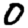
Digit: 0